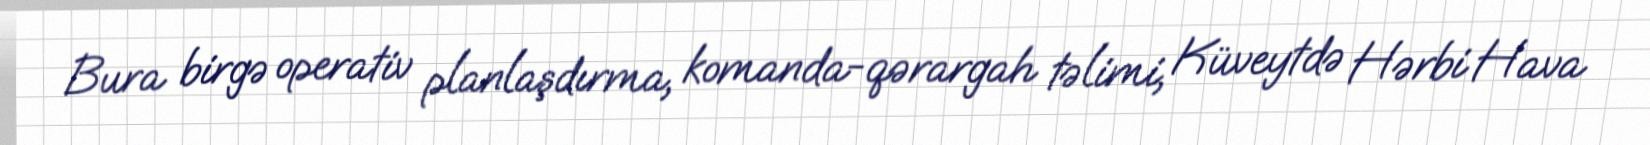
Bura birgə operativ planlaşdırma, komanda-qərargah təlimi, Küveytdə Hərbi Hava